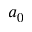
a _ { 0 }